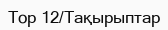
Top 12/Тақырыптар